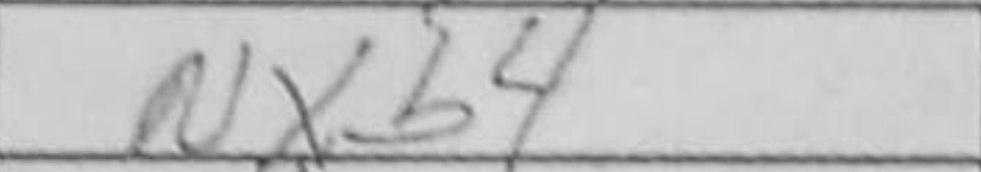
Transcription: Nxb4